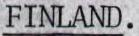
FINLAND.